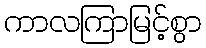
ကာလကြာမြင့်စွာ